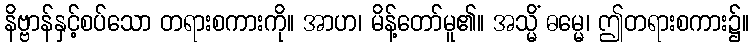
နိဗ္ဗာန်နှင့်စပ်သော တရားစကားကို။ အာဟ၊ မိန့်တော်မူ၏။ အသ္မိံ ဓမ္မေ၊ ဤတရားစကား၌။